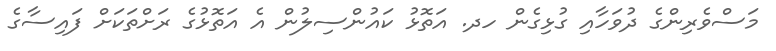
މަސްވެރިންގެ ދުވަހާއި ގުޅިގެން ހދ. އަތޮޅު ކައުންސިލުން އެ އަތޮޅުގެ ރަށްތަކަށް ފައިސާގެ